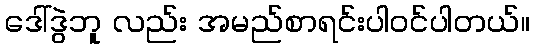
ဒေါ်ဒွဲဘူ လည်း အမည်စာရင်းပါဝင်ပါတယ်။